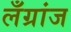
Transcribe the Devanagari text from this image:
लँग्रांज